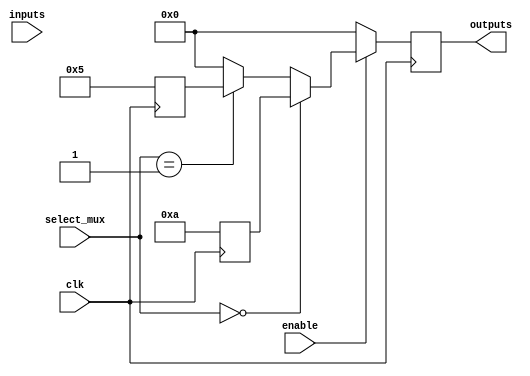
module combinational_logic_block (
    input wire [3:0] inputs,            // Input lines (4-bit)
    input wire [1:0] select_mux,        // MUX select lines (2-bit)
    input wire enable,                   // Enable signal
    input wire clk,                      // Clock signal for gating
    output reg [3:0] outputs             // Output lines (4-bit)
);

// LUTs (Look-Up Tables)
reg [3:0] lut0; // LUT for function 0
reg [3:0] lut1; // LUT for function 1

// Internal signals for MUX
wire [3:0] mux_out;

// MUX to select between LUT outputs
assign mux_out = (select_mux == 2'b00) ? lut0 :
                 (select_mux == 2'b01) ? lut1 :
                 4'b0000; // Default case

// Outputs logic, enabled only when enable signal is high
always @(posedge clk) begin
    if (enable) begin
        outputs <= mux_out; // Route selected LUT output to outputs
    end else begin
        outputs <= 4'b0000; // Disable outputs when not enabled
    end
end

// Configuration interface for LUTs (example)
always @(posedge clk) begin
    // Example configuration: setting LUTs based on some conditions
    lut0 <= 4'b1010; // Example truth table for LUT0
    lut1 <= 4'b0101; // Example truth table for LUT1
end

// Power management (Clock gating example)
wire gated_clk = enable ? clk : 1'b0; // Gated clock signal

// Feedback paths (if applicable)
// Example feedback from output to LUT input (not implemented in this simple example)

endmodule